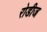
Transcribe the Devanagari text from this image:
रोडीज